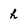
Character: h